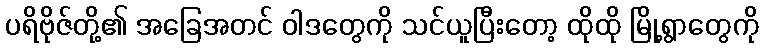
ပရိဗိုဇ်တို့၏ အခြေအတင် ဝါဒတွေကို သင်ယူပြီးတော့ ထိုထို မြို့ရွာတွေကို